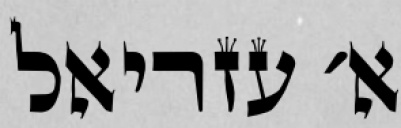
א׳ עזריאל